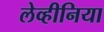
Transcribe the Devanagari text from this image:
लेव्हीनिया